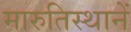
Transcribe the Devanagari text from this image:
मारुतिस्थानें